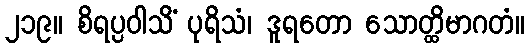
၂၁၉။ စိရပ္ပဝါသိံ ပုရိသံ၊ ဒူရတော သောတ္ထိမာဂတံ။